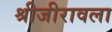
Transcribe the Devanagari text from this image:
श्रीजीरावला